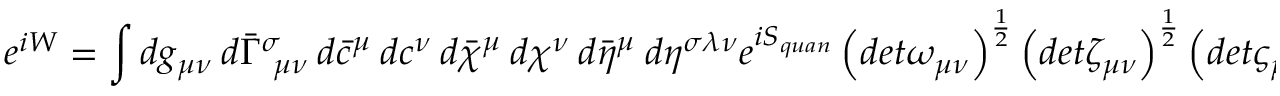
e ^ { i W } = \int d g _ { \mu \nu } ~ d \bar { \Gamma } _ { ~ \mu \nu } ^ { \sigma } ~ d \bar { c } ^ { \mu } ~ d c ^ { \nu } ~ d \bar { \chi } ^ { \mu } ~ d \chi ^ { \nu } ~ d \bar { \eta } ^ { \mu } ~ d \eta ^ { \sigma \lambda \nu } e ^ { i S _ { q u a n } } \left( d e t \omega _ { \mu \nu } \right) ^ { \frac { 1 } { 2 } } \left( d e t \zeta _ { \mu \nu } \right) ^ { \frac { 1 } { 2 } } \left( d e t \varsigma _ { \mu \nu } \right) ^ { \frac { 1 } { 2 } }